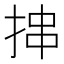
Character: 𪭶